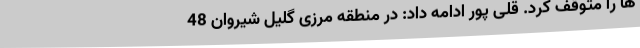
ها را متوقف کرد. قلی پور ادامه داد: در منطقه مرزی گلیل شیروان 48